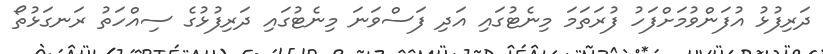
ދަރިފުޅު އުފަންވުމަށްފަހު ފުރަތަމަ މިނެޓުގައި އަދި ފަސްވަނަ މިނެޓުގައި ދަރިފުޅުގެ ސިއްހަތު ރަނގަޅުތޯ